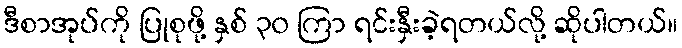
ဒီစာအုပ်ကို ပြုစုဖို့ နှစ် ၃၀ ကြာ ရင်းနှီးခဲ့ရတယ်လို့ ဆိုပါတယ်။